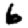
Digit: 6